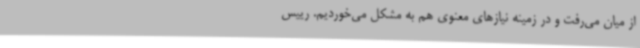
از میان می‌رفت و در زمینه نیازهای معنوی هم به مشکل می‌خوردیم. رییس